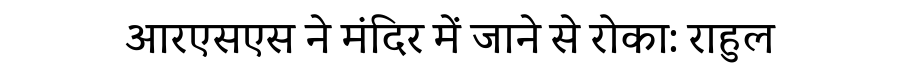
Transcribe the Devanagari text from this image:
आरएसएस ने मंदिर में जाने से रोका: राहुल